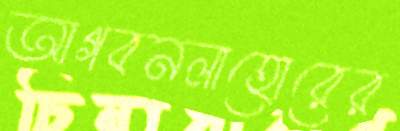
আগবনলাহোরের